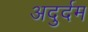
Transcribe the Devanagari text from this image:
अदुर्दम